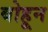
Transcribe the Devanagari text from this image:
बोहून